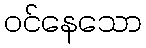
ဝင်နေသော